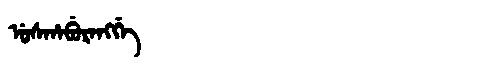
Manchu: ᡠᠰᡥᠠᠪᡠᡵᠠᠩᡤᡝ
Romanization: USHABURANGGE